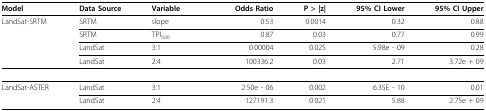
<table><thead><tr><td><b>Model</b></td><td><b>Data Source</b></td><td><b>Variable</b></td><td><b>Odds Ratio</b></td><td><b>P &gt; |z|</b></td><td><b>95% CI Lower</b></td><td><b>95% CI Upper</b></td></tr></thead><tbody><tr><td>LandSat-SRTM</td><td>SRTM</td><td>slope</td><td>0.53</td><td>0.0014</td><td>0.32</td><td>0.88</td></tr><tr><td></td><td>SRTM</td><td>TPI<sub>500</sub></td><td>0.87</td><td>0.03</td><td>0.77</td><td>0.99</td></tr><tr><td></td><td>LandSat</td><td>3:1</td><td>0.00004</td><td>0.025</td><td>5.98e - 09</td><td>0.28</td></tr><tr><td></td><td>LandSat</td><td>2:4</td><td>100336.2</td><td>0.03</td><td>2.71</td><td>3.72e + 09</td></tr><tr><td>LandSat-ASTER</td><td>LandSat</td><td>3:1</td><td>2.50e - 06</td><td>0.002</td><td>6.35E - 10</td><td>0.01</td></tr><tr><td></td><td>LandSat</td><td>2:4</td><td>127191.3</td><td>0.021</td><td>5.88</td><td>2.75e + 09</td></tr></tbody></table>